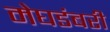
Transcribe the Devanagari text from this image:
मेघडंबरी